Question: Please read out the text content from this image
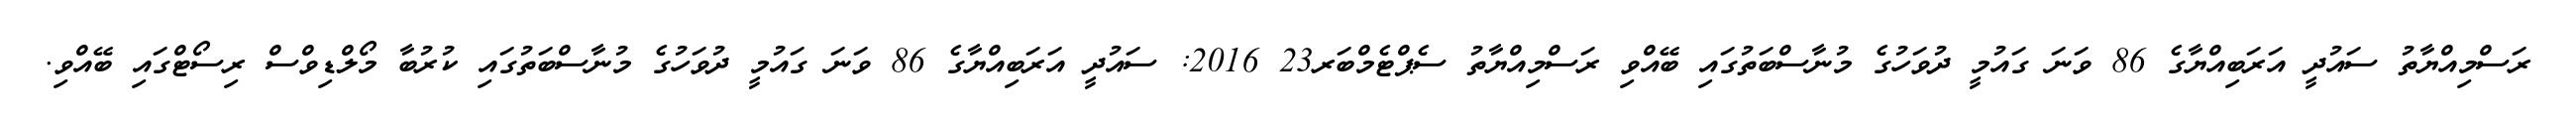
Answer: ރަސްމިއްޔާތު ސައުދީ އަރަބިއްޔާގެ 86 ވަނަ ގައުމީ ދުވަހުގެ މުނާސްބަތުގައި ބޭއްވި ރަސްމިއްޔާތު ސެޕްޓެމްބަރ23 2016: ސައުދީ އަރަބިއްޔާގެ 86 ވަނަ ގައުމީ ދުވަހުގެ މުނާސްބަތުގައި ކުރުބާ މޯލްޑިވްސް ރިސޯޓްގައި ބޭއްވި.